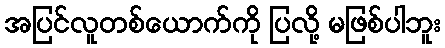
အပြင်လူတစ်ယောက်ကို ပြလို့ မဖြစ်ပါဘူး